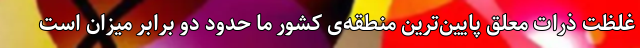
غلظت ذرات معلق پایین‌ترین منطقه‌ی کشور ما حدود دو برابر میزان است